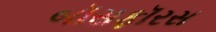
બૉસફૉરસ